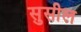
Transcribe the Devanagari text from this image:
सुसील